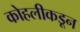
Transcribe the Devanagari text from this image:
कोहलीकडून